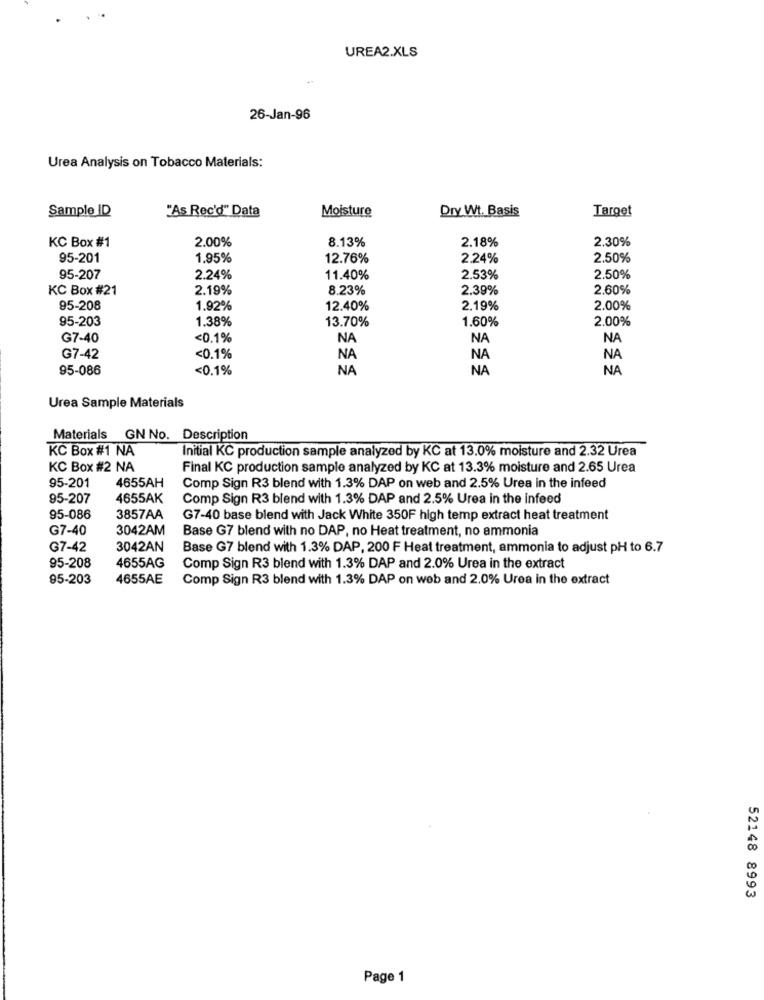
UREA2.XLS
26-Jan-96
Urea Analysis on Tobacco Materials:
Sample ID
"As Rec'd" Data
Moisture
Dry Wt. Basis
Target
KC Box #1
2.00%
8.13%
2.18%
2.30%
95-201
1.95%
12.76%
2.24%
2.50%
95-207
2.24%
11.40%
2.53%
2.50%
KC Box #21
2.19%
8.23%
2.39%
2.60%
95-208
1.92%
12.40%
2.19%
2.00%
95-203
1.38%
13.70%
1.60%
2.00%
G7-40
<0.1%
NA
NA
NA
G7-42
<0.1%
NA
NA
NA
95-086
<0.1%
NA
NA
NA
Urea Sample Materials
Materials GN No. Description
KC Box #1 NA
Initial KČ production sample analyzed by KC at 13.0% moisture and 2.32 Urea
KC Box #2 NA
Final KC production sample analyzed by KC at 13.3% moisture and 2.65 Urea
95-201
4655AH
Comp Sign R3 blend with 1.3% DAP on web and 2.5% Urea in the infeed
95-207
4655AK
Comp Sign R3 blend with 1.3% DAP and 2.5% Urea in the infeed
95-086
3857AA
G7-40 base blend with Jack White 350F high temp extract heat treatment
G7-40
3042AM
Base G7 blend with no DAP, no Heat treatment, no ammonia
G7-42
3042AN
Base G7 blend with 1.3% DAP, 200 F Heat treatment, ammonia to adjust pH to 6.7
95-208
4655AG
Comp Sign R3 blend with 1.3% DAP and 2.0% Urea in the extract
95-203
4655AE
Comp Sign R3 blend with 1.3% DAP on web and 2.0% Urea in the extract
52148 8993
Page 1